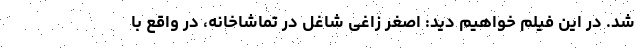
شد. در این فیلم خواهیم دید: اصغر زاغی شاغل در تماشاخانه، در واقع با